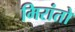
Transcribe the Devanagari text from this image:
मिरांतो